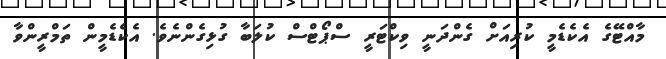
މާއްޓޭގެ އެކެޑެމީ ކުރިއަށް ގެންދަނީ ވިކްޓަރީ ސްޕޯޓްސް ކުލަބާ ގުޅިގެންނެވެ. އެކެޑެމީން ތަމްރީންވާ